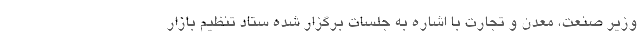
وزیر صنعت، معدن و تجارت با اشاره به جلسات برگزار شده ستاد تنظیم بازار